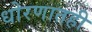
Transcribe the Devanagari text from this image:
धोरणातही